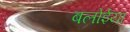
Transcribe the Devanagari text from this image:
बलोईया